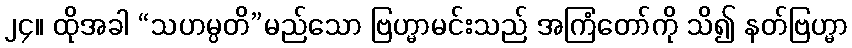
၂၄။ ထိုအခါ “သဟမ္ပတိ”မည်သော ဗြဟ္မာမင်းသည် အကြံတော်ကို သိ၍ နတ်ဗြဟ္မာ